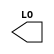
/**
 * Copyright 2020 The SkyWater PDK Authors
 *
 * Licensed under the Apache License, Version 2.0 (the "License");
 * you may not use this file except in compliance with the License.
 * You may obtain a copy of the License at
 *
 *     https://www.apache.org/licenses/LICENSE-2.0
 *
 * Unless required by applicable law or agreed to in writing, software
 * distributed under the License is distributed on an "AS IS" BASIS,
 * WITHOUT WARRANTIES OR CONDITIONS OF ANY KIND, either express or implied.
 * See the License for the specific language governing permissions and
 * limitations under the License.
 *
 * SPDX-License-Identifier: Apache-2.0
 */

`ifndef SKY130_FD_SC_HD__MACRO_SPARECELL_SYMBOL_V
`define SKY130_FD_SC_HD__MACRO_SPARECELL_SYMBOL_V

/**
 * macro_sparecell: Macro cell for metal-mask-only revisioning,
 *                  containing inverter, 2-input NOR, 2-input NAND,
 *                  and constant cell.
 *
 * Verilog stub (without power pins) for graphical symbol definition
 * generation.
 *
 * WARNING: This file is autogenerated, do not modify directly!
 */

`timescale 1ns / 1ps
`default_nettype none

(* blackbox *)
module sky130_fd_sc_hd__macro_sparecell (
    //# {{data|Data Signals}}
    output LO
);

    // Voltage supply signals
    supply0 VGND;
    supply0 VNB ;
    supply1 VPB ;
    supply1 VPWR;

endmodule

`default_nettype wire
`endif  // SKY130_FD_SC_HD__MACRO_SPARECELL_SYMBOL_V